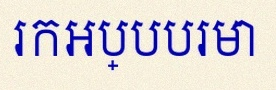
រកអប្បបរមា